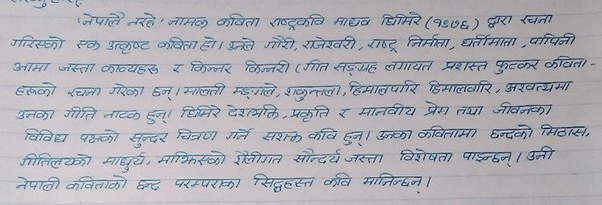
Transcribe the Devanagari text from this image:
'नेपालै नरहे' नामक कविता राष्ट्रकवि माधव घिमिरे (१९७६) द्वारा रचना